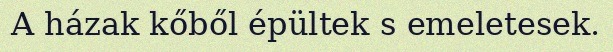
A házak kőből épültek s emeletesek.